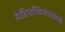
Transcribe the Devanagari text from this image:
मेडिएस्टिनोस्कोपी